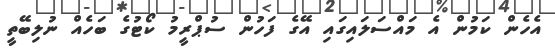
އެހެން ކަމުން އެ މައްސަލައިގައި އޭގެ ފަހުން ސުޕްރީމު ކޯޓުގެ ބަހެއް ނުލިބޭތީ